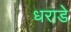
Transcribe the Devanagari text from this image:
धराडे